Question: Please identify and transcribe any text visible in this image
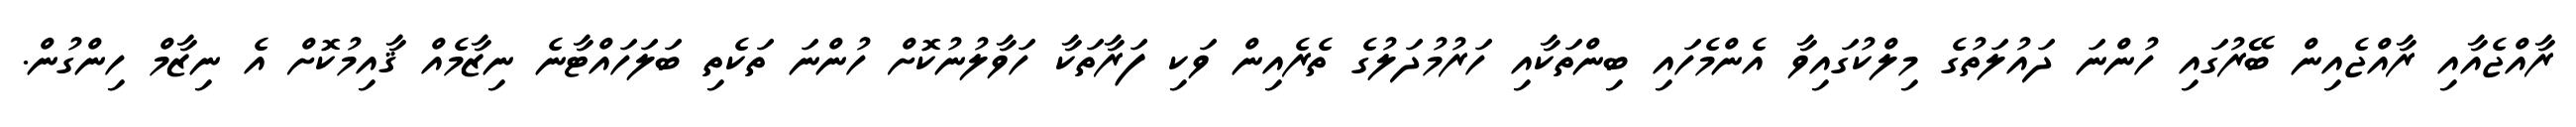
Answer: ރާއްޖެއާއި ރާއްޖެއިން ބޭރުގައި ހުންނަ ދައުލަތުގެ މިލްކުގައިވާ އެންމެހައި ބިންތަކާއި ހަރުމުދަލުގެ ތެރެއިން ވަކި ފަރާތަކާ ހަވާލުނުކޮށް ހުންނަ ތަކެތި ބަލަހައްޓާނެ ނިޒާމެއް ޤާއިމުކޮށް އެ ނިޒާމް ހިންގުން.